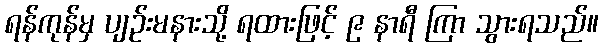
ရန်ကုန်မှ ပျဉ်းမနားသို့ ရထားဖြင့် ၉ နာရီ ကြာ သွားရသည်။